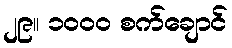
၂၉။ ၁၀၀၀ စက်ချောင်